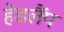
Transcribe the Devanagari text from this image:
हेडलैंप